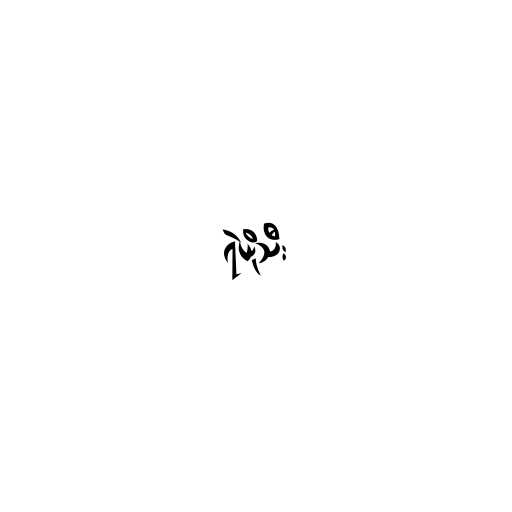
ရဲယိုသီး